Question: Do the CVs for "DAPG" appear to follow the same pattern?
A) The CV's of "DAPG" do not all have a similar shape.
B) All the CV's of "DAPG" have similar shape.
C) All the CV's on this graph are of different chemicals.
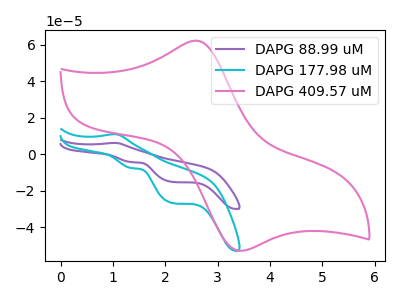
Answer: <think>The purple curve "DAPG 88.99 uM" has an anodic peak at (1.05V, 6.25uA) and cathodic peaks at (1.35V, -4.25uA) (2.15V, -15.20uA). The cyan curve "DAPG 177.98 uM" has an anodic peak at (1.05V, 11.05uA) and cathodic peaks at (1.35V, -7.55uA) (2.15V, -26.85uA). The pink curve "DAPG 409.57 uM" has an anodic peak at (2.60V, 62.35uA) and a cathodic peak at (3.40V, -52.90uA).
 All the peaks in "DAPG 88.99 uM" have a peak in "DAPG 177.98 uM" at the same potential. Every peak in "DAPG 88.99 uM" is lower than every peak in "DAPG 177.98 uM". "DAPG 88.99 uM" and "DAPG 409.57 uM" have a different number of peaks. "DAPG 177.98 uM" and "DAPG 409.57 uM" have a different number of peaks.</think>
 <answer>B) All the CV's of "DAPG" have similar shape.</answer>
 <eval>B</eval>